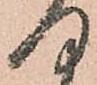
何